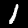
Label: 1